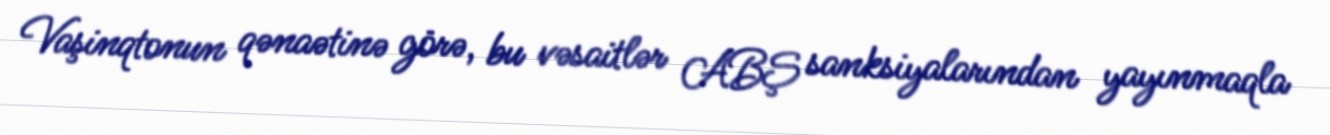
Vaşinqtonun qənaətinə görə, bu vəsaitlər ABŞ sanksiyalarından yayınmaqla